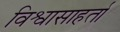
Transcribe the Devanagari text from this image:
विश्वासाहर्ता